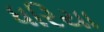
ધરિયા